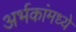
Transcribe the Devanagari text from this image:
अर्भकांमध्ये